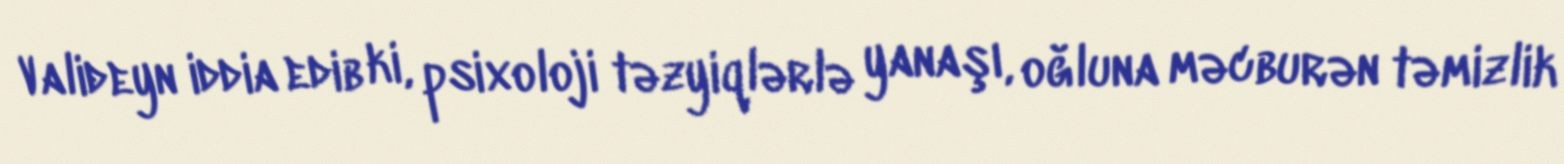
Valideyn iddia edib ki, psixoloji təzyiqlərlə yanaşı, oğluna məcburən təmizlik